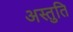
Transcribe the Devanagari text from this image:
अस्तुति